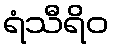
ရံသီရိဝ